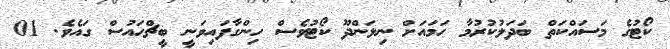
ކޯޓުގެ މަސައްކަތް ބަދަލުކުރުމާ ހަމައަށް ނިލަންދޫ ކޯޓުވެސް ހިންގާފައިވަނީ ބީޗްހައުސް ގައެވެ. 01